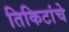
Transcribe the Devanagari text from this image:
तिकिटांचे